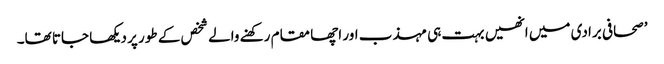
’صحافی برادی میں انھیں بہت ہی مہذب اور اچھا مقام رکھنے والے شخص کے طور پر دیکھا جاتا تھا۔